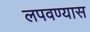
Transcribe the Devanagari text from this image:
लपवण्यास